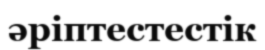
әріптестестік